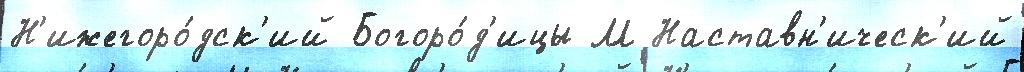
Н'ижегоро́дск'ий Богоро́д'ицы М Наставн'ическ'ий